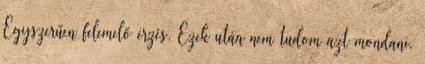
Egyszerűen felemelő érzés. Ezek után nem tudom azt mondani,